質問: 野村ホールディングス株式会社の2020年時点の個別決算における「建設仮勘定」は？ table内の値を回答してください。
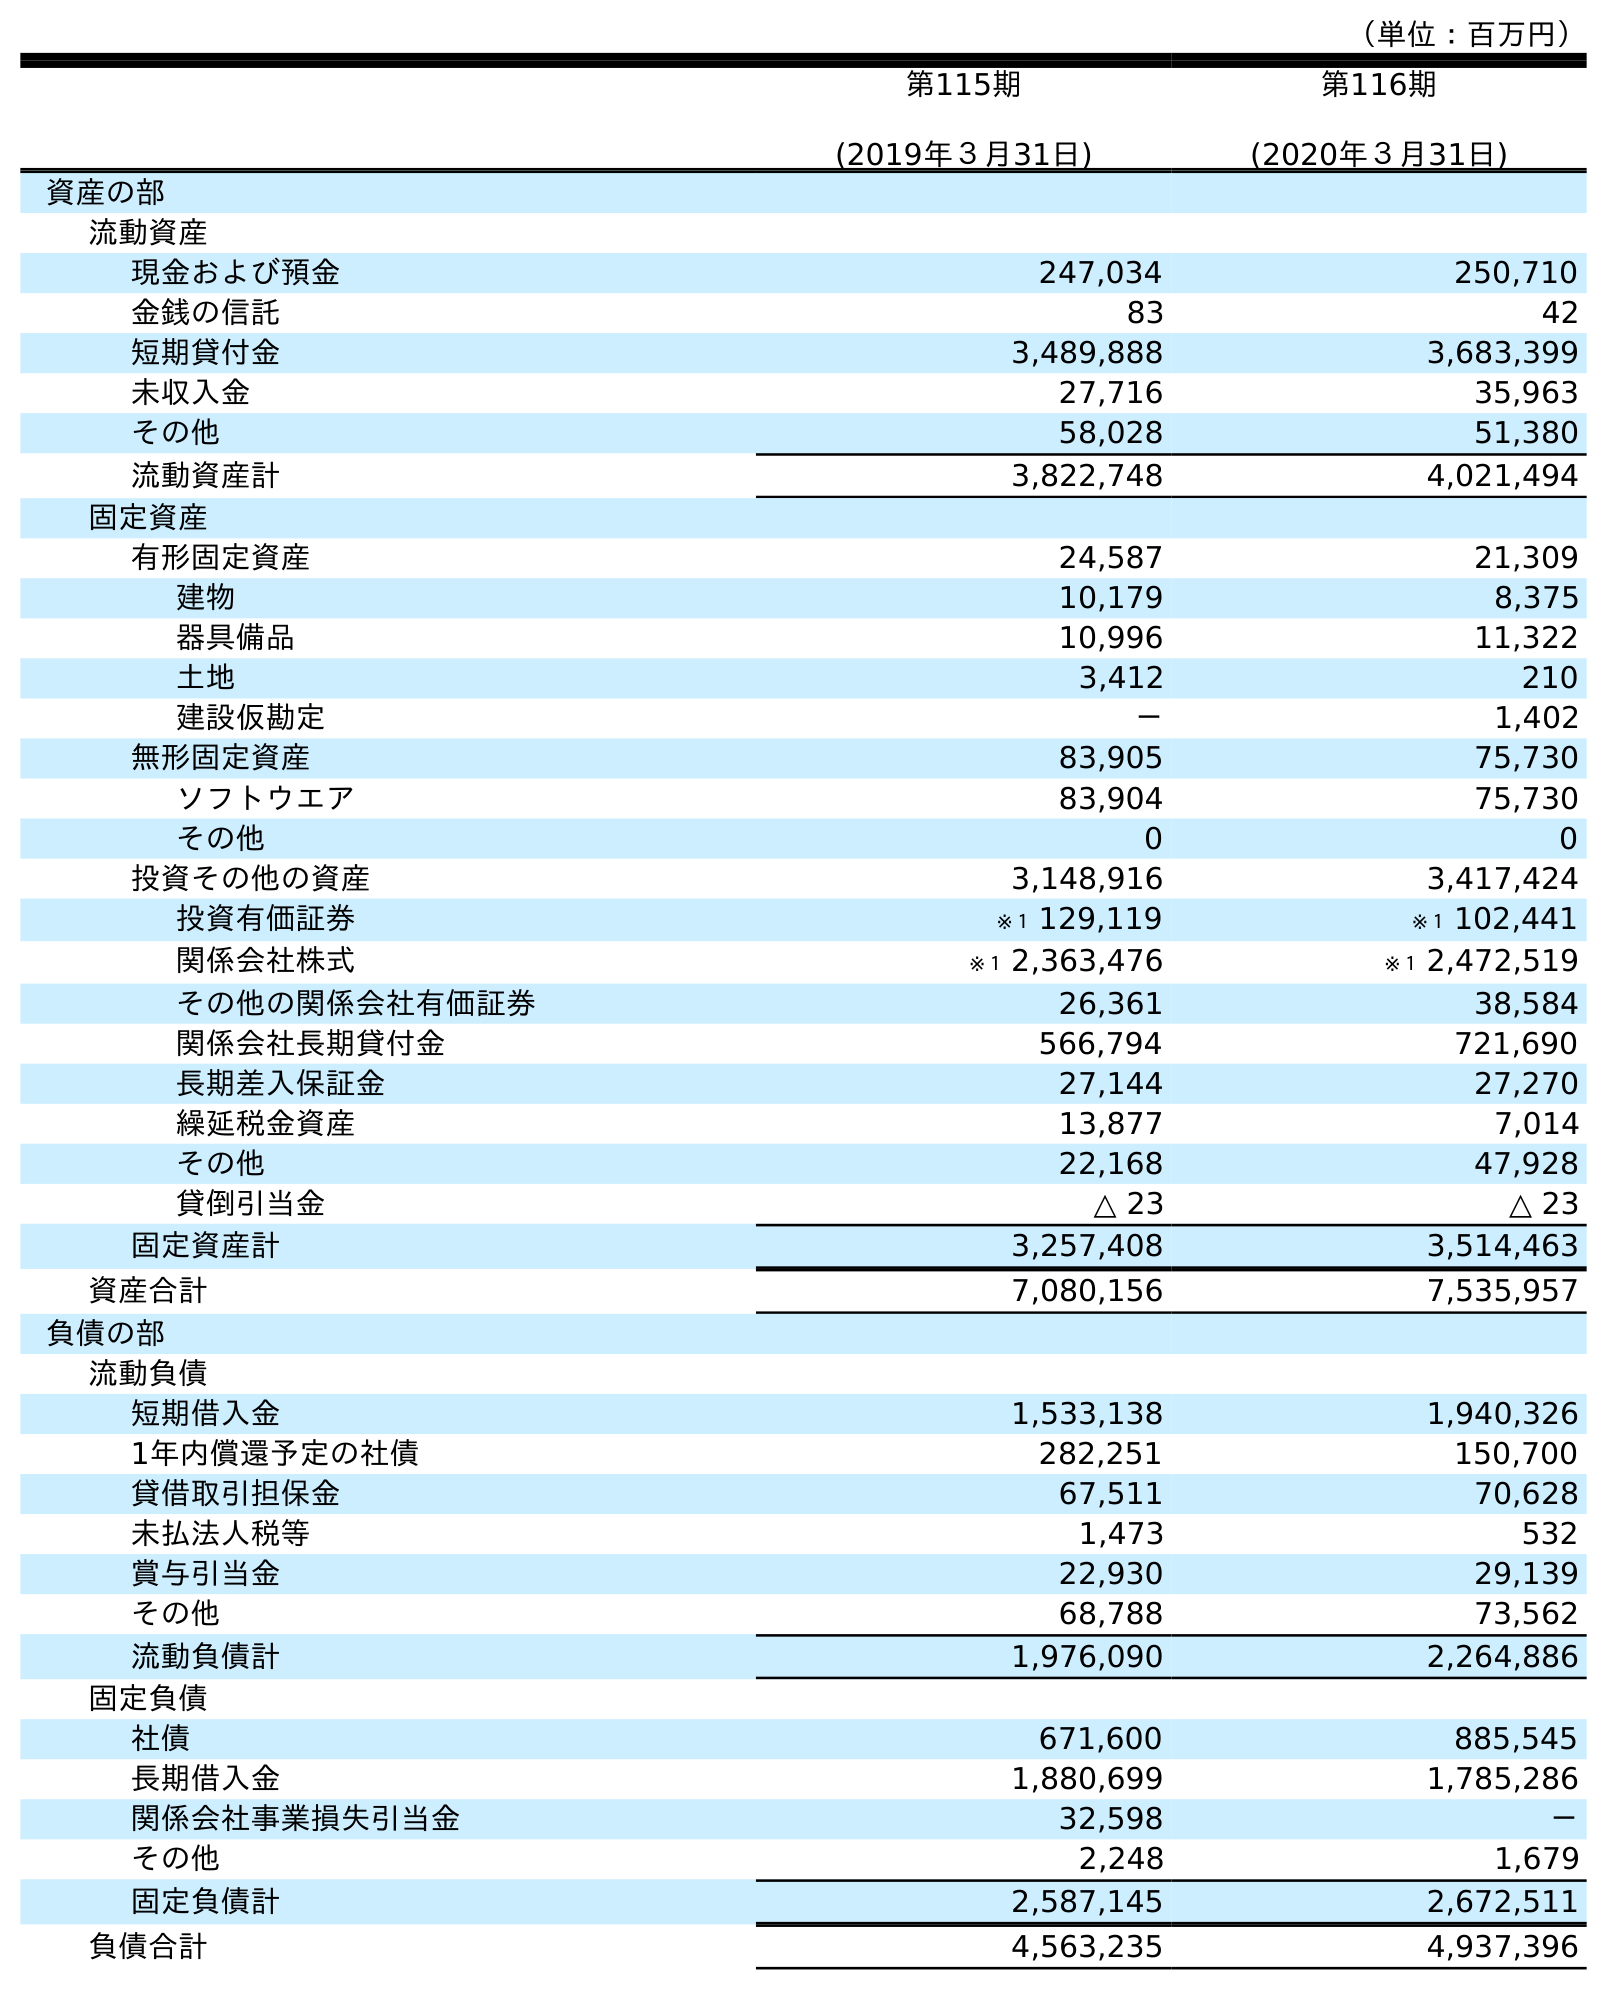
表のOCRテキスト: （単位：百万円） 第115期 (2019年３月31日) 第116期 (2020年３月31日) 資産の部 流動資産 現金および預金 247,034 250,710 金銭の信託 83 42 短期貸付金 3,489,888 3,683,399 未収入金 27,716 35,963 その他 58,028 51,380 流動資産計 3,822,748 4,021,494 固定資産 有形固定資産 24,587 21,309 建物 10,179 8,375 器具備品 10,996 11,322 土地 3,412 210 建設仮勘定 － 1,402 無形固定資産 83,905 75,730 ソフトウエア 83,904 75,730 その他 0 0 投資その他の資産 3,148,916 3,417,424 投資有価証券 ※１ 129,119 ※１ 102,441 関係会社株式 ※１ 2,363,476 ※１ 2,472,519 その他の関係会社有価証券 26,361 38,584 関係会社長期貸付金 566,794 721,690 長期差入保証金 27,144 27,270 繰延税金資産 13,877 7,014 その他 22,168 47,928 貸倒引当金 △ 23 △ 23 固定資産計 3,257,408 3,514,463 資産合計 7,080,156 7,535,957 負債の部 流動負債 短期借入金 1,533,138 1,940,326 1年内償還予定の社債 282,251 150,700 貸借取引担保金 67,511 70,628 未払法人税等 1,473 532 賞与引当金 22,930 29,139 その他 68,788 73,562 流動負債計 1,976,090 2,264,886 固定負債 社債 671,600 885,545 長期借入金 1,880,699 1,785,286 関係会社事業損失引当金 32,598 － その他 2,248 1,679 固定負債計 2,587,145 2,672,511 負債合計 4,563,235 4,937,396
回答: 1,402